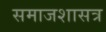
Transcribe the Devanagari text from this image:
समाजशासत्र